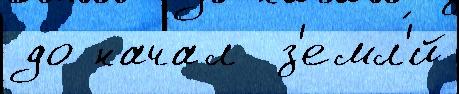
до начал  з'емл'́й